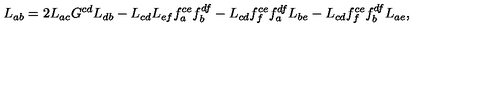
L _ { a b } = 2 L _ { a c } G ^ { c d } L _ { d b } - L _ { c d } L _ { e f } f _ { a } ^ { c e } f _ { b } ^ { d f } - L _ { c d } f _ { f } ^ { c e } f _ { a } ^ { d f } L _ { b e } - L _ { c d } f _ { f } ^ { c e } f _ { b } ^ { d f } L _ { a e } ,